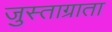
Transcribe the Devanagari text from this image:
जुस्ताग्राता